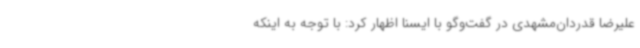
علیرضا قدردان‌مشهدی در گفت‌وگو با ایسنا اظهار کرد: با توجه به اینکه